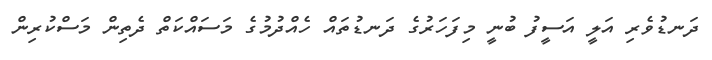
ދަނޑުވެރި އަލީ އަސީފު ބުނީ މިފަހަރުގެ ދަނޑުތައް ހެއްދުމުގެ މަސައްކަތް ދެތިން މަސްކުރިން